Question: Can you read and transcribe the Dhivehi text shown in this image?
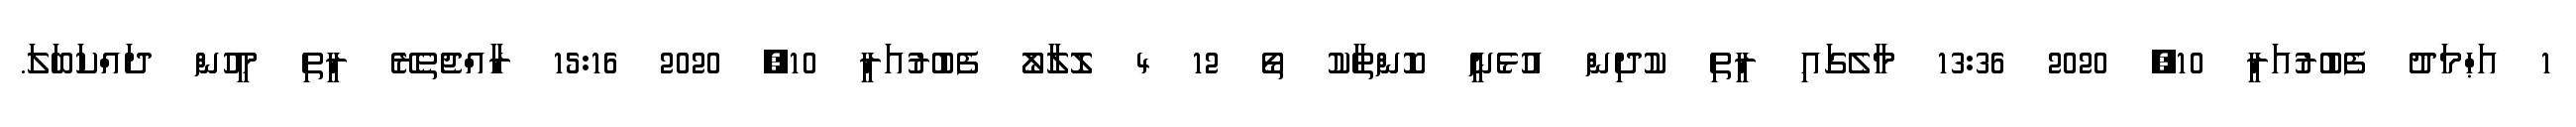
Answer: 1 އަޙްމަދު ފެބުރުއަރީ 10, 2020 13:36 މާލެގައި ރީތި ކުދިން އުޅެނީ ކޮންތާކު ތޯ 12 4 ލޮލާލޯ ފެބުރުއަރީ 10, 2020 15:16 ރާއްޖެތެރޭ ރީތި މީހުން ދައްކަބަލަ.